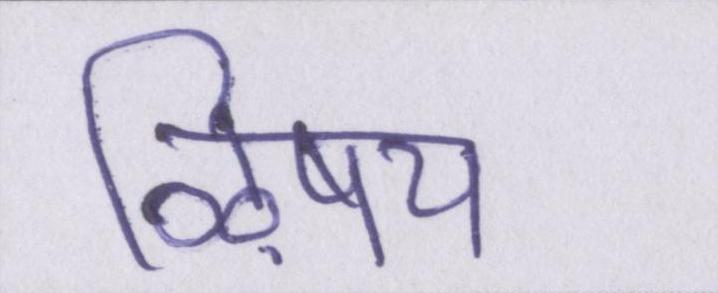
ऴिषय